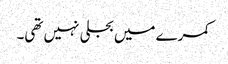
کمرے میں بجلی نہیں تھی۔